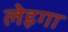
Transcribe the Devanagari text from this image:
लेइगा